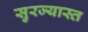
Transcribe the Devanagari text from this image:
सुरज्यास्त